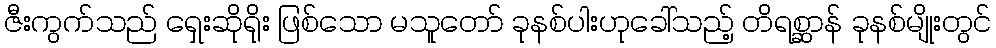
ဇီးကွက်သည် ရှေးဆိုရိုး ဖြစ်သော မသူတော် ခုနစ်ပါးဟုခေါ်သည့် တိရစ္ဆာန် ခုနစ်မျိုးတွင်